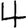
Digit: 4